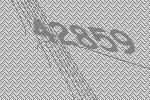
42859